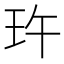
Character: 玝